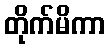
တိုက်မိကာ